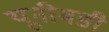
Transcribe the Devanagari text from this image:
यूनीबडी